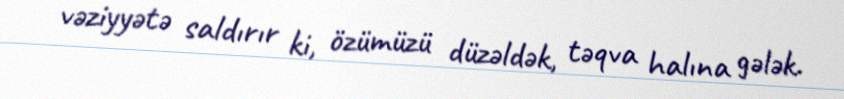
vəziyyətə saldırır ki, özümüzü düzəldək, təqva halına gələk.